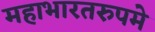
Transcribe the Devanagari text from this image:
महाभारतरुपमे